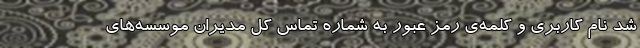
شد نام کاربری و کلمه‌ی رمز عبور به شماره تماس کل مدیران موسسه‌های